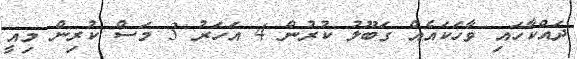
ދައްކާހައި ވާހަކައެއް ގަބޫލު ކުރުން 4 އަހަރު 3 މަސް ކުރިން މިއީ